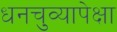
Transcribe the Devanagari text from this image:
धनचुव्यापेक्षा